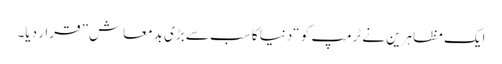
ایک مظاہرین نے ٹرمپ کو “دنیا کا سب سے بڑی بدمعاش” قرار دیا۔